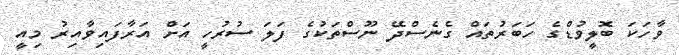
ވާހަކަ ބޮލީވުޑްގެ ހަބަރުތައް ގެނެސްދޭ ނޫސްތަކުގެ ފަލަ ސުރުހީ އަށް އަރާފައިވާއިރު މިއީ